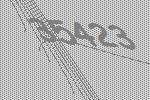
35423